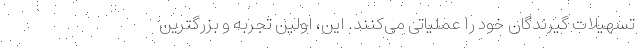
تسهیلات گیرندگان خود را عملیاتی می‌کنند. این، اولین تجربه و بزرگترین